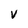
Character: v